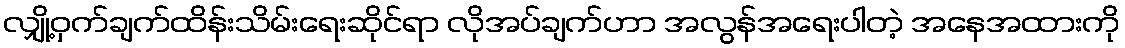
လျှို့ဝှက်ချက်ထိန်းသိမ်းရေးဆိုင်ရာ လိုအပ်ချက်ဟာ အလွန်အရေးပါတဲ့ အနေအထားကို